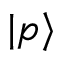
| p \rangle